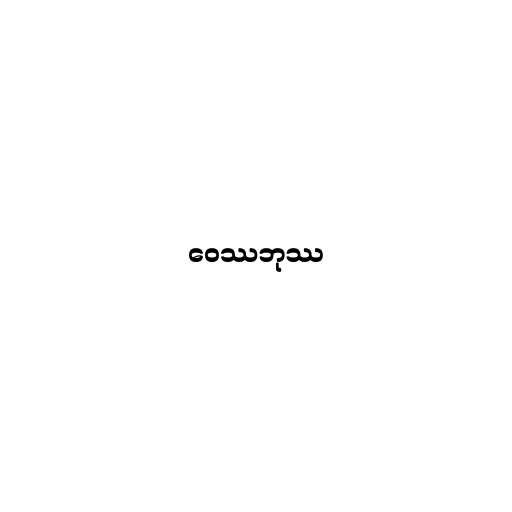
ဝေဿဘုဿ